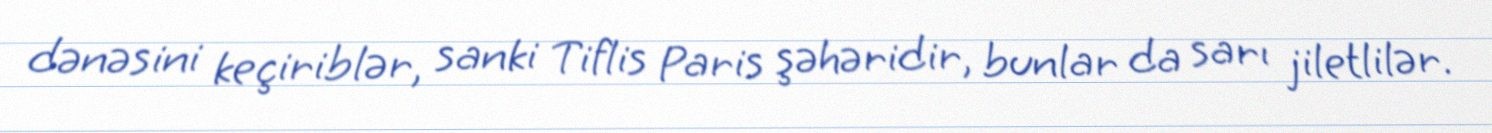
dənəsini keçiriblər, sanki Tiflis Paris şəhəridir, bunlar da sarı jiletlilər.